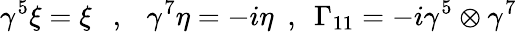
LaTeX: \gamma^{5}\xi=\xi~~~,~~~\gamma^{7}\eta=-i\eta~~,~~\Gamma_{11}=-i\gamma^{5}\otimes\gamma^{7}